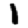
Digit: 1